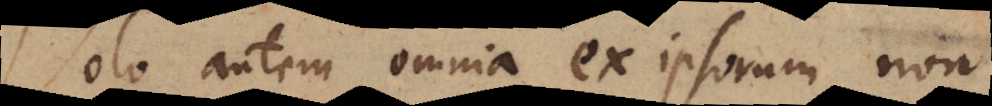
Volo autem omnia ex ipsorum non